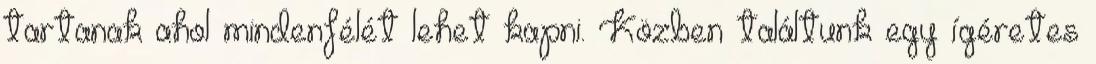
tartanak ahol mindenfélét lehet kapni. Közben találtunk egy ígéretes